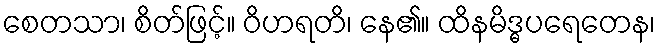
စေတသာ၊ စိတ်ဖြင့်။ ဝိဟရတိ၊ နေ၏။ ထိနမိဒ္ဓပရေတေန၊